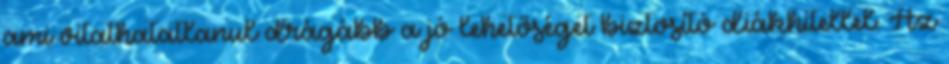
ami vitathatatlanul drágább a jó lehetőséget biztosító diákhitellel. Az